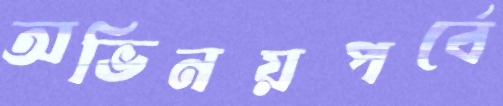
অভিনয়পর্বে